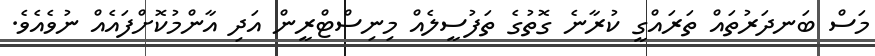
މަސް ބަނދަރުތައް ތަރައްގީ ކުރާނެ ގޮތުގެ ތަފުސީލެއް މިނިސްޓްރީން އަދި އާންމުކޮށްފައެއް ނުވެއެވެ.